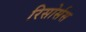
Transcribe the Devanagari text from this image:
रिसोर्सस